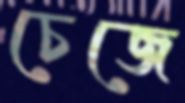
চেজে